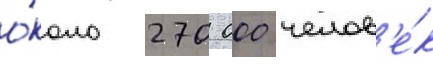
о́коло 270 000 челов'е́к